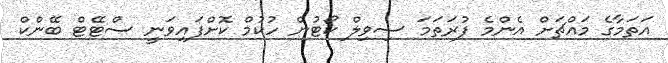
އަތަމާގެ މައްޗަށް އެންމެ ފުރަތަމަ ސިވިލް ކޯޓުން ހުކުމް ކޮށްފައިވަނީ ސްޓޭޓް ބޭންކް